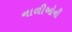
નાળીઓની